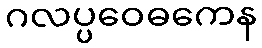
ဂလပ္ပဝေဓကေန